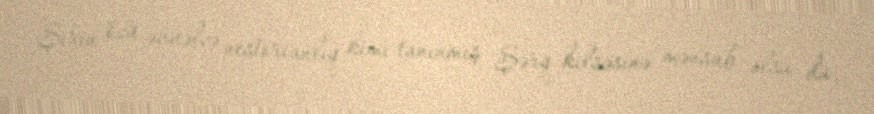
Şirin özü əvvəlcə nestorianlıq kimi tanınmış Şərq kilsəsinə mənsub olsa da,